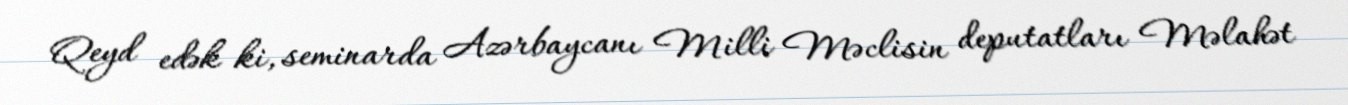
Qeyd edək ki, seminarda Azərbaycanı Milli Məclisin deputatları Məlahət